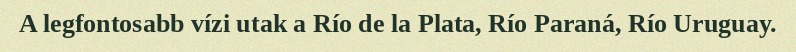
A legfontosabb vízi utak a Río de la Plata, Río Paraná, Río Uruguay.